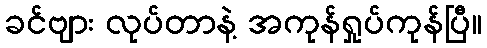
ခင်ဗျား လုပ်တာနဲ့ အကုန်ရှုပ်ကုန်ပြီ။